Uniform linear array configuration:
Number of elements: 16
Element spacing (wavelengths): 0.5
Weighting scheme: cosine
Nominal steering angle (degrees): -30
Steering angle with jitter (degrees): -28.026
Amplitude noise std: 0.05
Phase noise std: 0.05

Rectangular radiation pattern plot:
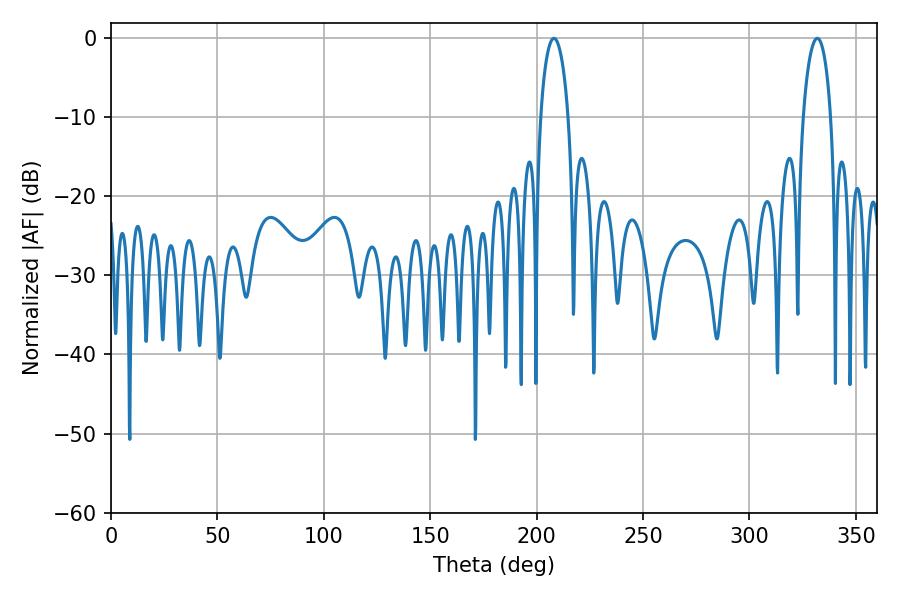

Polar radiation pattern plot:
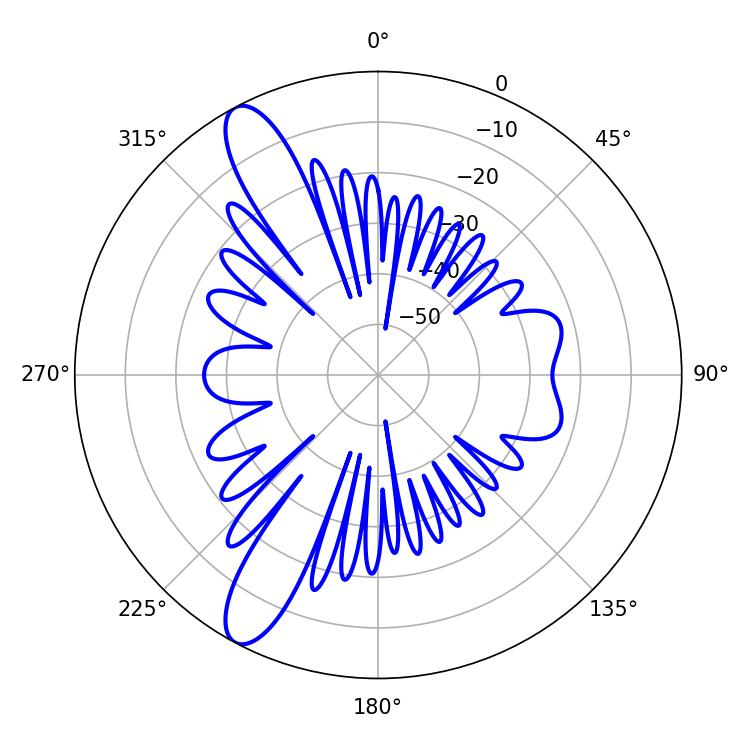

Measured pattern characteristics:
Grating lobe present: FALSE
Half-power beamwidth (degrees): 7.38
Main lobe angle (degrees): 208.08